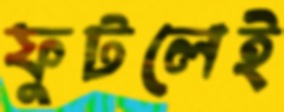
ফুটলেই